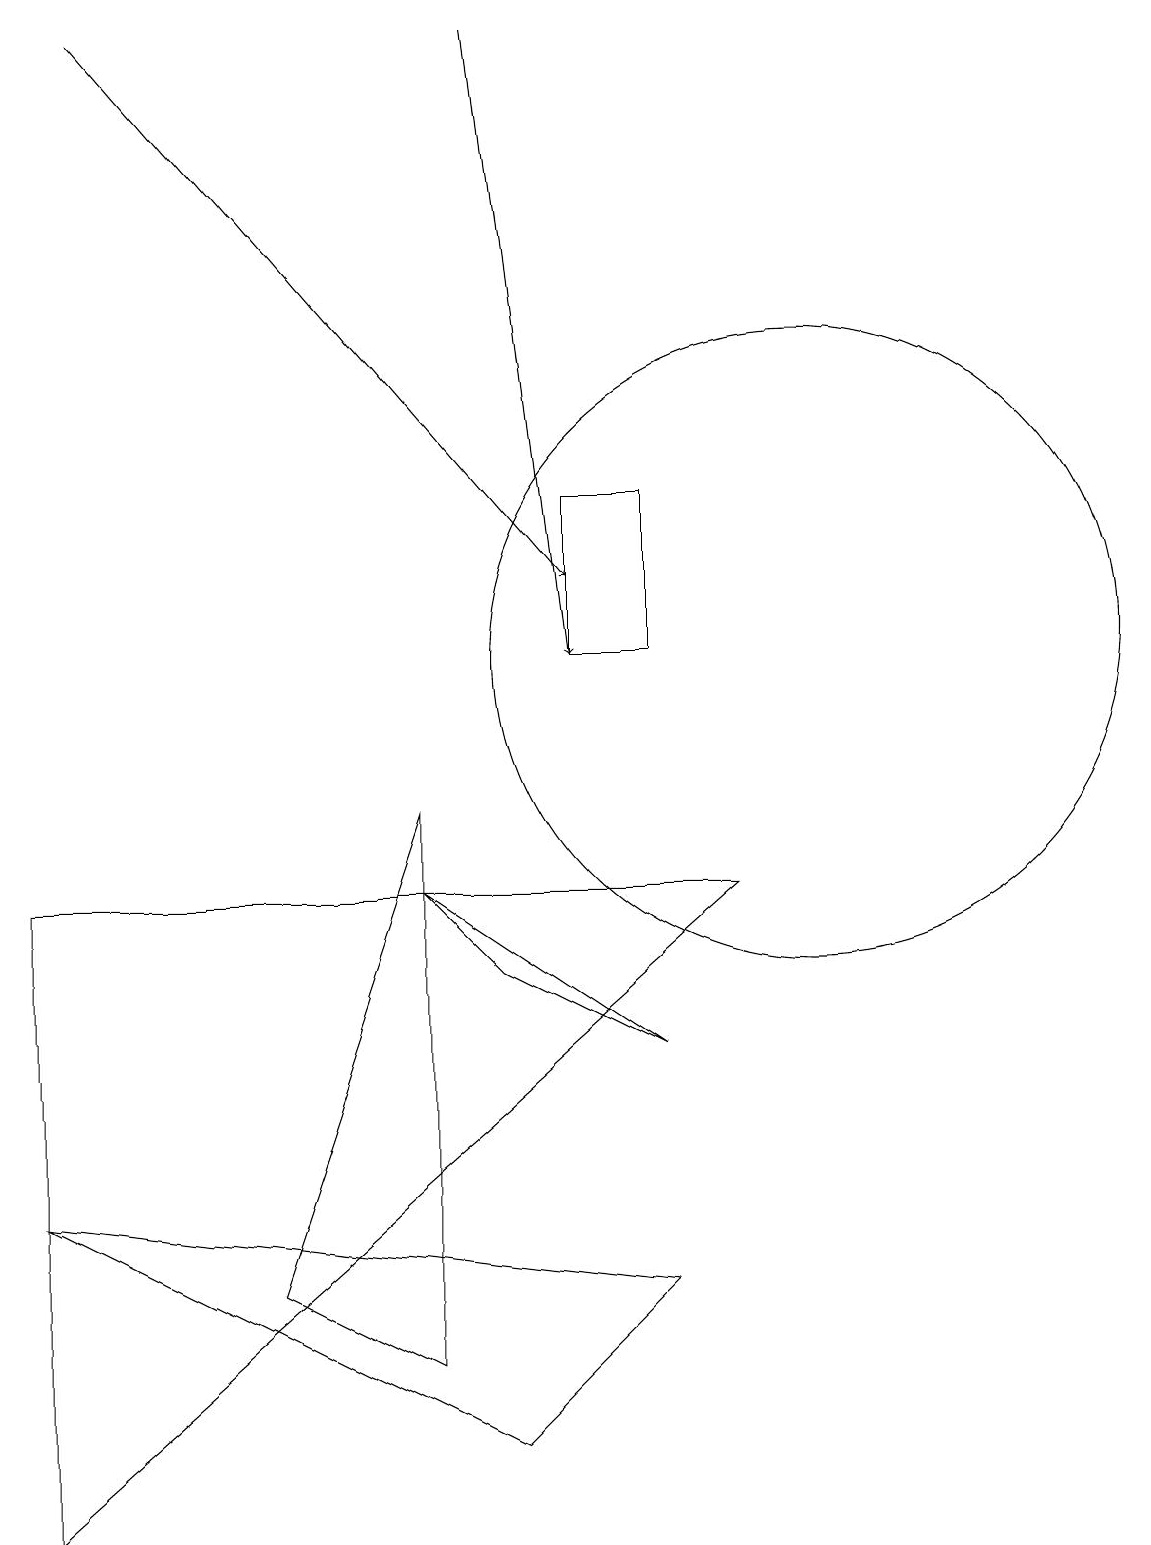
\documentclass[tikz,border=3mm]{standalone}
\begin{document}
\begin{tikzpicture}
\draw (8,13) rectangle (7,11);
\draw (10,11) circle (4);
\draw (0,0) -- (9,8) -- (0,8) -- cycle;
\draw (5,2) -- (5,9) -- (3,3) -- cycle;
\draw (5,8) -- (8,6) -- (6,7) -- cycle;
\draw[->] (1,19) -- (7,12);
\draw (0,4) -- (8,3) -- (6,1) -- cycle;
\draw[->] (6,19) -- (7,11);
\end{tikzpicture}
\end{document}